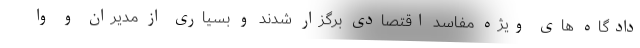
دادگاه های ویژه مفاسد اقتصادی برگزار شدند و بسیاری از مدیران و وا